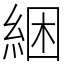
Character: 綑